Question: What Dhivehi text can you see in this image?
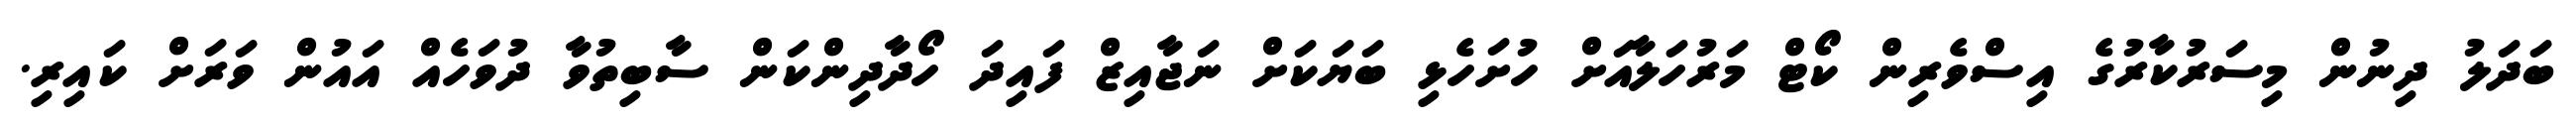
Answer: ބަދަލު ދިނުން މިސަރުކާރުގެ އިސްވެރިން ކޯޓް މަރުހަލާއަށް ހުށަހެޅި ބަޔަކަށް ނަޖާއިޒް ފައިދަ ހޯދާދިންކަން ސާބިތުވާ ދުވަހެއް އައުން ވަރަށް ކައިރި.